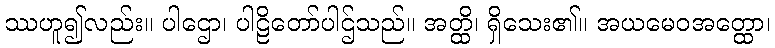
ဿဟူ၍လည်း။ ပါဌော၊ ပါဠိတော်ပါဌ်သည်။ အတ္ထိ၊ ရှိသေး၏။ အယမေဝအတ္ထော၊